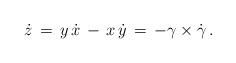
LaTeX: \begin{align*}\dot{z} \,=\, y \, \dot{x} \,-\, x \, \dot{y} \,=\, -\gamma\times\dot{\gamma}\,.\end{align*}